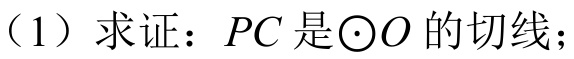
（1）求证：\(PC\)是\(\odot O\)的切线；